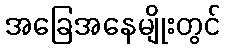
အခြေအနေမျိုးတွင်